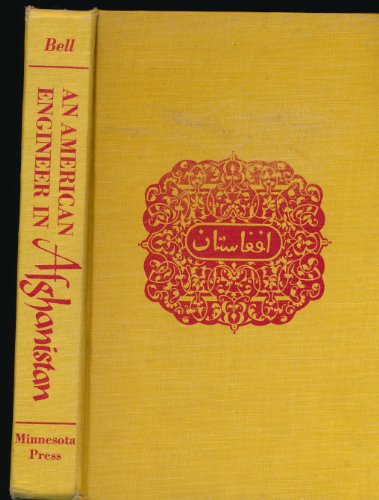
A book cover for An American Engineer in Afghanistan; A. C. Jewett; Travel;